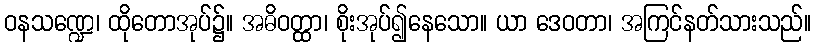
ဝနသဏ္ဍေ၊ ထိုတောအုပ်၌။ အဓိဝတ္ထာ၊ စိုးအုပ်၍နေသော။ ယာ ဒေဝတာ၊ အကြင်နတ်သားသည်။